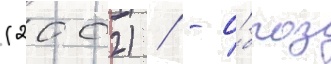
(2002) / - о́браз